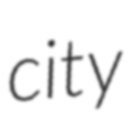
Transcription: city